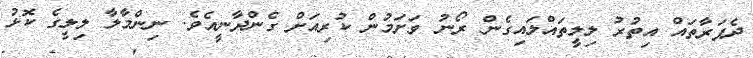
ދެފަރާތައް އިތުރު ލިލީތައްލައިގެން ރޯނު ވަށަމުން ކުރިއަށް ގެންދާނީއެވެ. ނިންމާލާ ލިލީގެ ކޮޅު